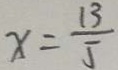
x = \frac { 1 3 } { 5 }